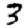
Digit: 3